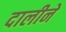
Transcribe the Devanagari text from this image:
दालीने